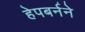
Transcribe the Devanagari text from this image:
हेपबर्नने